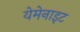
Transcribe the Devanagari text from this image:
येमेनाइट